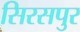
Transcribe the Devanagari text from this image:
सिरसपुर